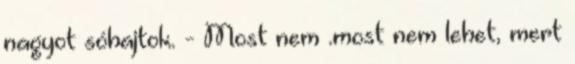
nagyot sóhajtok. - Most nem .most nem lehet, mert